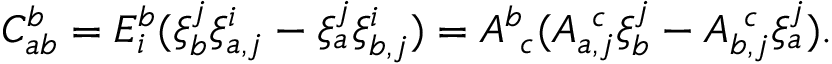
C _ { a b } ^ { b } = E _ { i } ^ { b } ( \xi _ { b } ^ { j } \xi _ { a , j } ^ { i } - \xi _ { a } ^ { j } \xi _ { b , j } ^ { i } ) = A _ { ~ c } ^ { b } ( A _ { a , j } ^ { ~ c } \xi _ { b } ^ { j } - A _ { b , j } ^ { ~ c } \xi _ { a } ^ { j } ) .